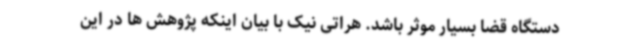
دستگاه قضا بسیار موثر باشد. هراتی نیک با بیان اینکه پژوهش ها در این